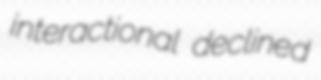
interactional declined